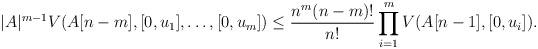
LaTeX: \begin{align*}|A|^{m-1}V(A[n-m],[0,u_1],\dots, [0,u_m])\le\frac{n^m(n-m)!}{n!}\prod_{i=1}^mV(A[n-1],[0,u_i]).\end{align*}